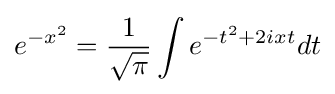
e^{-x^{2}}={\frac {1}{\sqrt {\pi }}}\int e^{-t^{2}+2ixt}dt